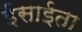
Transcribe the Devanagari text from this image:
ईसाईता